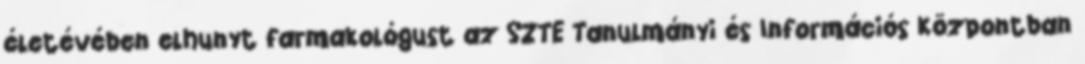
életévében elhunyt farmakológust az SZTE Tanulmányi és Információs Központban